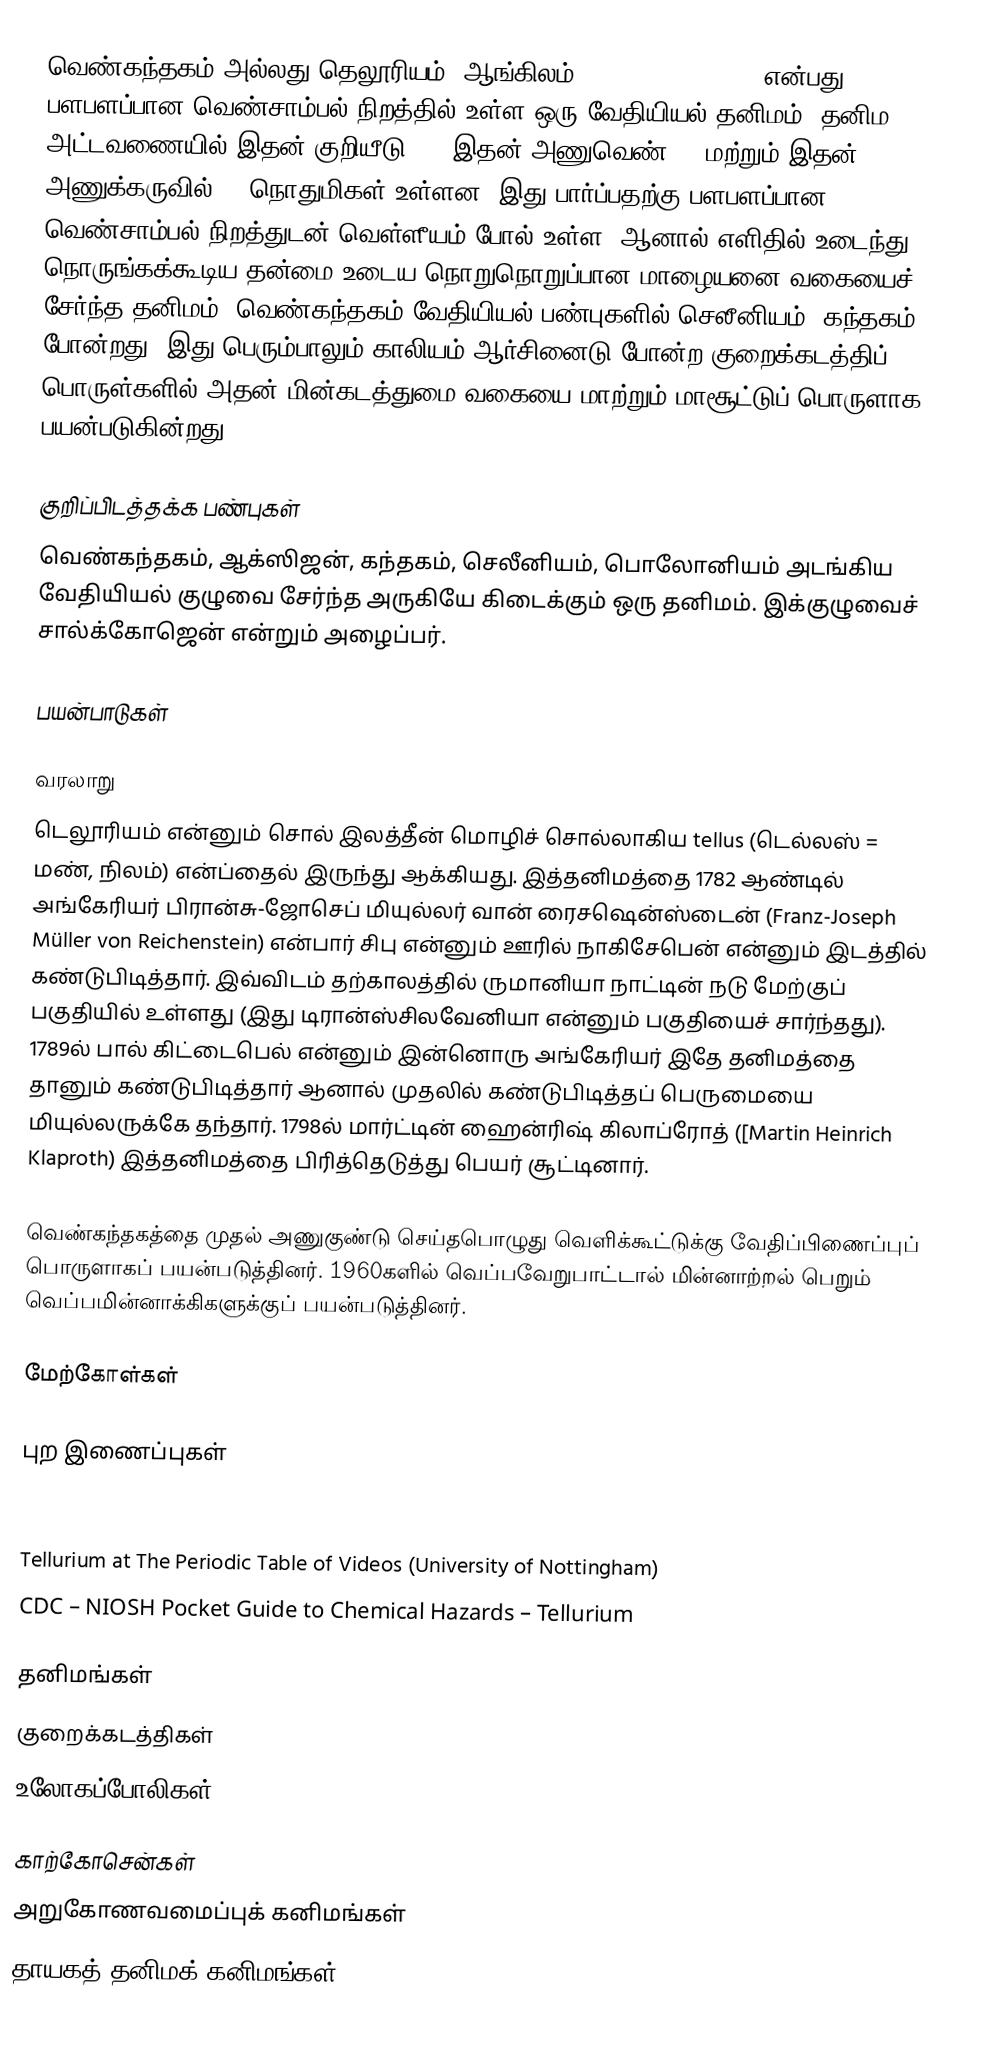
வெண்கந்தகம் அல்லது தெலூரியம் (ஆங்கிலம்: Tellurium (IPA: ) என்பது பளபளப்பான வெண்சாம்பல் நிறத்தில் உள்ள ஒரு வேதியியல் தனிமம். தனிம அட்டவணையில் இதன்  குறியீடு Te. இதன் அணுவெண் 52 மற்றும் இதன் அணுக்கருவில் 76 நொதுமிகள் உள்ளன. இது பார்ப்பதற்கு பளபளப்பான வெண்சாம்பல் நிறத்துடன் வெள்ளீயம் போல் உள்ள, ஆனால் எளிதில் உடைந்து நொருங்கக்கூடிய தன்மை உடைய நொறுநொறுப்பான மாழையனை வகையைச் சேர்ந்த தனிமம். வெண்கந்தகம் வேதியியல் பண்புகளில் செலீனியம், கந்தகம்  போன்றது. இது பெரும்பாலும் காலியம் ஆர்சினைடு போன்ற குறைக்கடத்திப் பொருள்களில் அதன் மின்கடத்துமை வகையை மாற்றும் மாசூட்டுப் பொருளாக பயன்படுகின்றது..

குறிப்பிடத்தக்க பண்புகள்
வெண்கந்தகம், ஆக்ஸிஜன், கந்தகம், செலீனியம், பொலோனியம் அடங்கிய வேதியியல் குழுவை சேர்ந்த அருகியே கிடைக்கும் ஒரு தனிமம். இக்குழுவைச் சால்க்கோஜென் என்றும் அழைப்பர்.

பயன்பாடுகள்

வரலாறு
டெலூரியம் என்னும் சொல் இலத்தீன் மொழிச் சொல்லாகிய tellus (டெல்லஸ் = மண், நிலம்) என்ப்தைல் இருந்து ஆக்கியது. இத்தனிமத்தை 1782 ஆண்டில் அங்கேரியர் பிரான்சு-ஜோசெப் மியுல்லர் வான் ரைசஷென்ஸ்டைன்  (Franz-Joseph Müller von Reichenstein) என்பார் சிபு என்னும் ஊரில் நாகிசேபென் என்னும் இடத்தில் கண்டுபிடித்தார். இவ்விடம் தற்காலத்தில் ருமானியா நாட்டின் நடு மேற்குப் பகுதியில் உள்ளது (இது டிரான்ஸ்சிலவேனியா என்னும் பகுதியைச் சார்ந்தது).  1789ல் பால் கிட்டைபெல் என்னும் இன்னொரு அங்கேரியர் இதே தனிமத்தை தானும் கண்டுபிடித்தார் ஆனால் முதலில் கண்டுபிடித்தப் பெருமையை மியுல்லருக்கே தந்தார். 1798ல் மார்ட்டின் ஹைன்ரிஷ் கிலாப்ரோத் ([Martin Heinrich Klaproth) இத்தனிமத்தை பிரித்தெடுத்து பெயர் சூட்டினார்.

வெண்கந்தகத்தை முதல் அணுகுண்டு செய்தபொழுது வெளிக்கூட்டுக்கு வேதிப்பிணைப்புப் பொருளாகப் பயன்படுத்தினர். 1960களில் வெப்பவேறுபாட்டால் மின்னாற்றல் பெறும் வெப்பமின்னாக்கிகளுக்குப் பயன்படுத்தினர்.

மேற்கோள்கள்

புற இணைப்புகள்

 USGS Mineral Information on Selenium and Tellurium
 Tellurium at The Periodic Table of Videos (University of Nottingham)
 CDC – NIOSH Pocket Guide to Chemical Hazards – Tellurium

தனிமங்கள்
குறைக்கடத்திகள்
உலோகப்போலிகள்

காற்கோசென்கள்
அறுகோணவமைப்புக் கனிமங்கள்
தாயகத் தனிமக் கனிமங்கள்